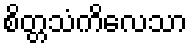
စိတ္တသံကိလေသာ